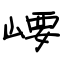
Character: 崾